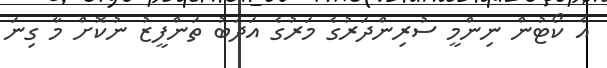
އެ ކޯޓުން ނިންމީ ސުރިންދަރުގެ މަރުގެ އަދަބު ތަންފީޒު ނުކޮށް މާ ގިނަ